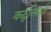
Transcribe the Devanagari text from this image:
कटूक्तियाँ